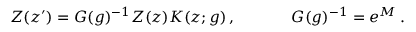
\begin{array} { c c } { { Z ( z ^ { \prime } ) = G ( g ) ^ { - 1 } Z ( z ) K ( z ; g ) \, , ~ ~ ~ ~ } } & { { ~ ~ ~ ~ G ( g ) ^ { - 1 } = e ^ { M } \, . } } \end{array}